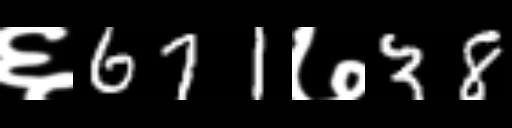
Text: ६671७38